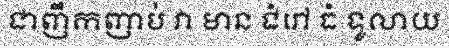
ជាញឹកញាប់ វា មាន ជំរៅ ធំ ទូលាយ